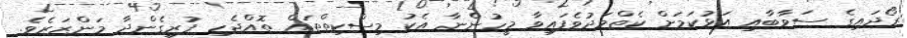
ރޯދައިގެ ސަވާބާއި އަޅުކަމަށް ކެތްމަދުވެފައިވާ މީހުންނާ އެކު މިސްކިތްތައް ތޮއްޖެހި ފުރިގެންދާ މަންޒަރެވެ.